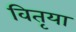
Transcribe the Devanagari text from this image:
वितृया